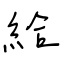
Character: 給